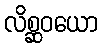
လိစ္ဆဝယော